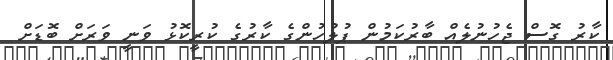
ކާރު ގޮސް ޖެހުނުލެއް ބާރުކަމުން ޕުލުހުންގެ ކާރުގެ ކުރީކޮޅު ވަނީ ވަރަށް ބޮޑަށް